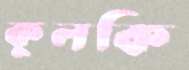
কুলকি